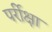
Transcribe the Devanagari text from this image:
पर्रीक्षा